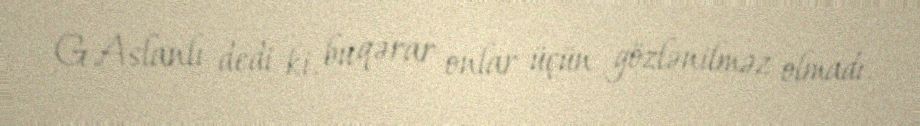
G.Aslanlı dedi ki, bu qərar onlar üçün gözlənilməz olmadı.